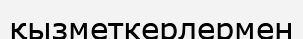
қызметкерлермен